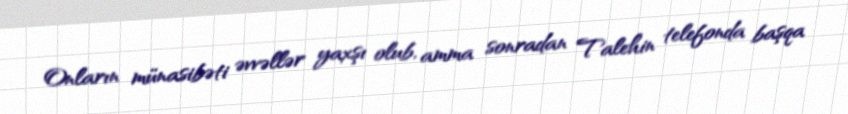
Onların münasibəti əvvəllər yaxşı olub, amma sonradan Talehin telefonda başqa